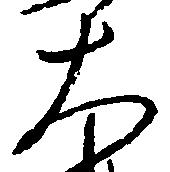
大